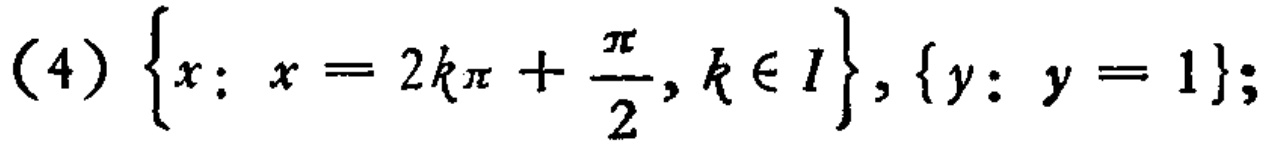
(4) \(\{x: x = 2k\pi+\frac{\pi}{2}, k\in I\}, \{y: y = 1\}\);